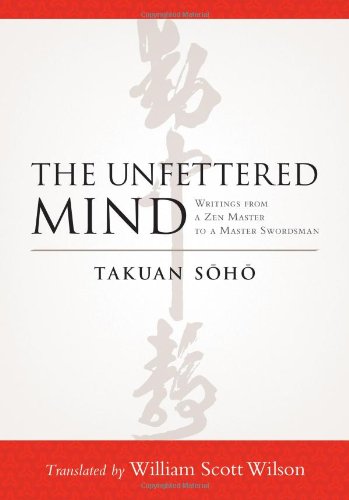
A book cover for The Unfettered Mind: Writings from a Zen Master to a Master Swordsman; Takuan Soho; Religion & Spirituality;